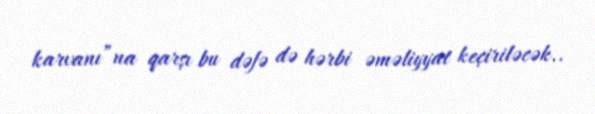
karvanı”na qarşı bu dəfə də hərbi əməliyyat keçiriləcək..